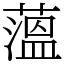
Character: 薀